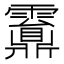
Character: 䨶